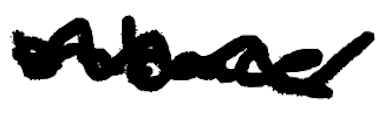
Text: embrace
Cross-out: wave
Writing tool: digital_black